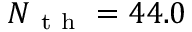
N _ { \mathrm { ~ t ~ h ~ } } = 4 4 . 0